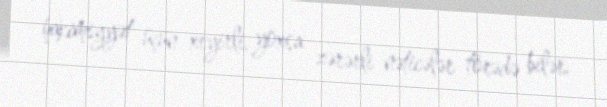
hakimiyyət üçün xeyirli, yoxsa zərərli nəticələr törədə bilər.